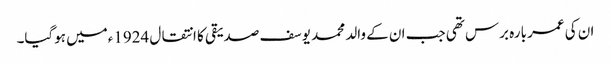
ان کی عمر بارہ برس تھی جب ان کے والد محمد یوسف صدیقی کا انتقال 1924ءمیں ہوگیا۔